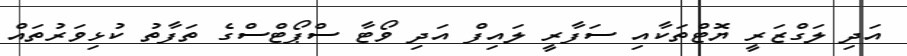
އަދި ލަގްޒަރީ ޔޮޓްތަކާއި ސަފާރީ ލައިފް އަދި ވޯޓާ ސްޕޯޓްސްގެ ތަފާތު ކުޅިވަރުތައް